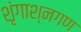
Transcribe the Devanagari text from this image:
शृंगाश्नगण